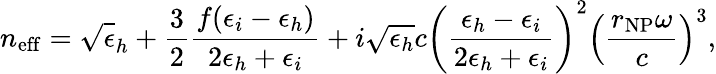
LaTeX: n_{\mathrm{eff}}=\sqrt\epsilon_{h}+\frac 32\frac{f(\epsilon_{i}-\epsilon_{h})}{2\epsilon_{h}+\epsilon_{i}}+i\sqrt{\epsilon_{h}}{c}\left(\frac{\epsilon_{h}-\epsilon_{i}}{2\epsilon_{h}+\epsilon_{i}}\right)^{2}\left(\frac{r_{\mathrm{NP}}\omega}{c}\right)^{3},